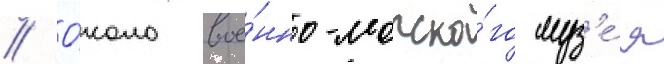
// О́коло вое́нно-морско́го муз'е́я